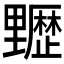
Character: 𰙻